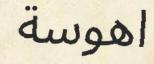
اھوسة